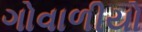
ગોવાળીયો